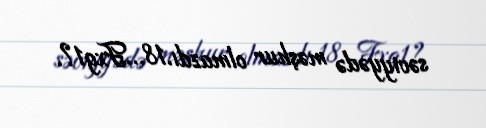
səviyyədə məşhur olmazdı.18…Fxg1?.